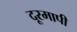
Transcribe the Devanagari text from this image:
दूरमापी